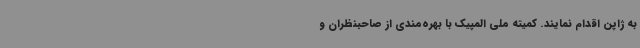
به ژاپن اقدام نمایند. کمیته ملی المپیک با بهره‌مندی از صاحبنظران و